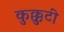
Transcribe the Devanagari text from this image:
कुक्कुटी